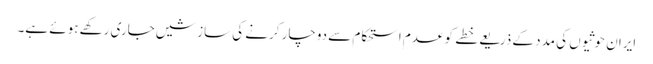
ایران حوثیوں کی مدد کے ذریعے خطے کو عدم استحکام سے دوچار کرنے کی سازشیں جاری رکھے ہوئے ہے۔